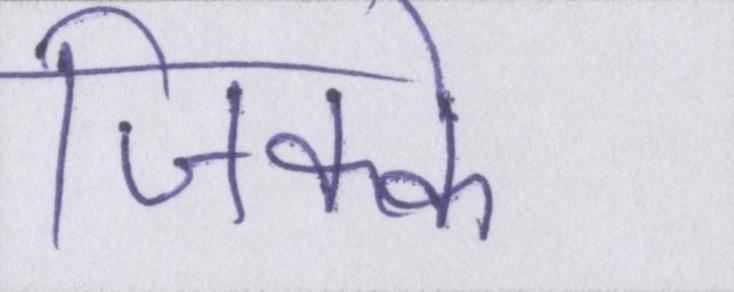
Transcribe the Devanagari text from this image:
जिक्के